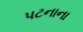
પટનાના